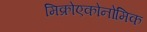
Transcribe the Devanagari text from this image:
मिक्रोएकोनोमिक